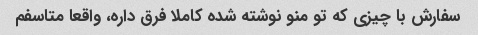
سفارش با چیزی که تو منو نوشته شده کاملا فرق داره، واقعا متاسفم